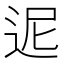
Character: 迡